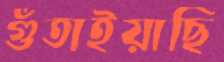
গুঁতাইয়াছি